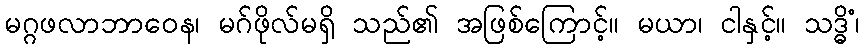
မဂ္ဂဖလာဘာဝေန၊ မဂ်ဖိုလ်မရှိ သည်၏ အဖြစ်ကြောင့်။ မယာ၊ ငါနှင့်။ သဒ္ဓိံ၊